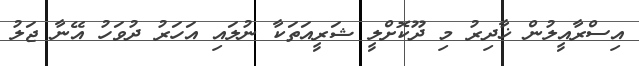
އިސްރާއީލުން ޚާދިރު މި ދޫކޮށްލީ ޝަރީއަތަކާ ނުލައި އަހަރު ދުވަހު އޭނާ ޖަލު